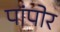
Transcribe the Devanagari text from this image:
पांपोर